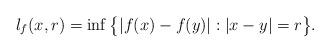
LaTeX: \begin{align*}l_f(x,r)=\inf\big\{|f(x)-f(y)|:|x-y|=r\big\}.\end{align*}